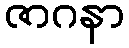
ဇာဂနာ